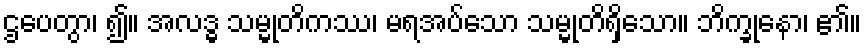
ဌပေတွာ၊ ၍။ အလဒ္ဓ သမ္မုတိကဿ၊ မရအပ်သော သမ္မုတိရှိသော။ ဘိက္ခုနော၊ ၏။